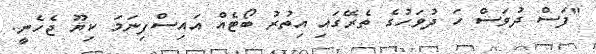
"ފަސް ދުވަސް ހަ ދުވަހުގެ ތެރޭގައި އިތުރު ބޯޓެއް އައިސްފިނަމަ ކިޔޫ ޖެހެނީ.